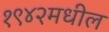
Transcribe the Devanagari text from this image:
१९४२मधील